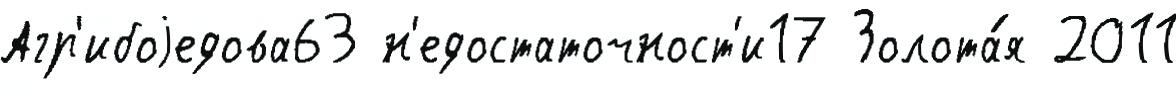
Агр'ибоjедова63 н'едостаточност'и17 Золота́я 2011